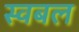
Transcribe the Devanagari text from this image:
स्वबल